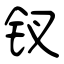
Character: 钗